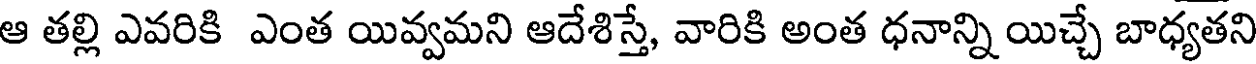
ఆ తల్లి ఎవరికి ఎంత యివ్వమని ఆదేశిస్తే, వారికి అంత ధనాన్ని యిచ్చే బాధ్యతని